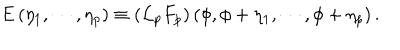
\mathrm { E } \left( \eta _ { 1 } , \cdots , \eta _ { p } \right) \equiv \left( { \cal L } _ { p } F _ { p } \right) \left( \phi , \phi + \eta _ { 1 } , \cdots , \phi + \eta _ { p } \right) .